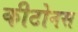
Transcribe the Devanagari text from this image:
कीटोनस